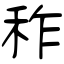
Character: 秨